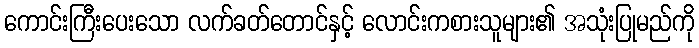
ကောင်းကြီးပေးသော လက်ခတ်တောင်နှင့် လောင်းကစားသူများ၏ အသုံးပြုမည်ကို